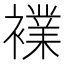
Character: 𮖷